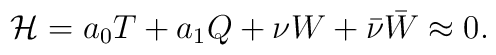
{\cal H}=a _{0}T + a _{1}Q +  \nu W + \bar\nu{\bar W}\approx 0.